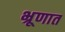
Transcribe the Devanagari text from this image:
भ्रूणात